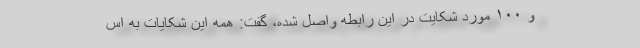
و ۱۰۰ مورد شکایت در این رابطه واصل شده، گفت: همه این شکایات به اس